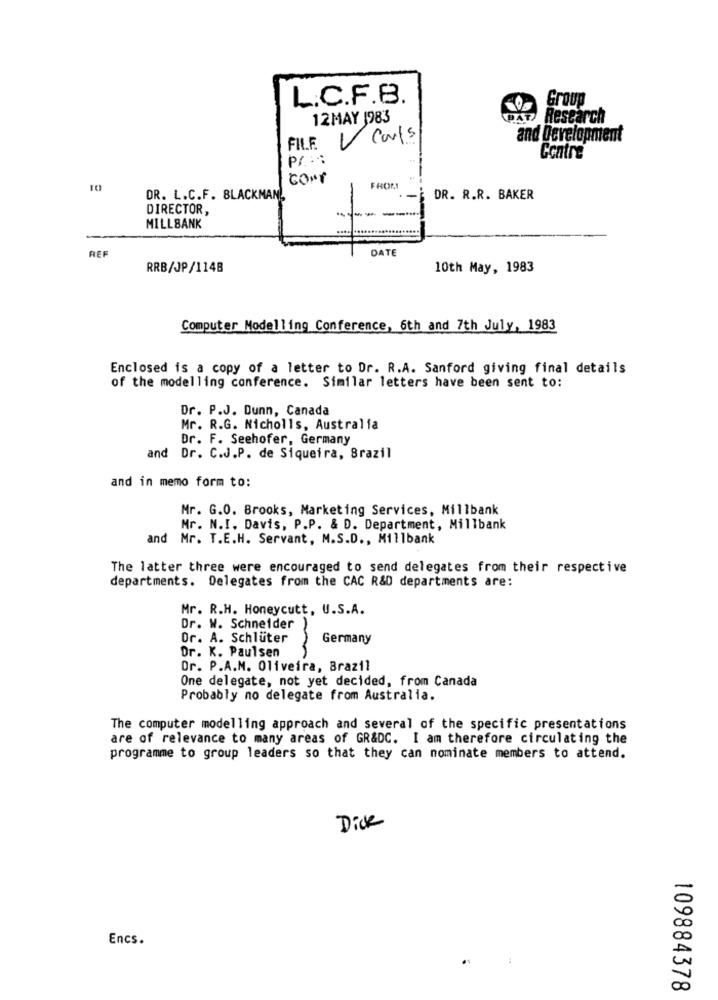
L.C.F.B.
Group
12MAY 1983
PAT Research
Carls
and Development
FIL.F.
pr : :
Contre
CONT
10
FROMI
DR. L.C.F. BLACKMAN,
-
DR. R.R. BAKER
DIRECTOR,
------
MILLBANK
DATE
REF
RRB/JP/114B
10th May, 1983
Computer Modelling Conference, 6th and 7th July, 1983
Enclosed is a copy of a letter to Dr. R.A. Sanford giving final details
of the modelling conference. Similar letters have been sent to:
Dr. P.J. Dunn, Canada
Mr. R.G. Nicholls, Australia
Dr. F. Seehofer, Germany
and Dr. C.J.P. de Siqueira, Brazil
and in memo form to:
Mr. G.O. Brooks, Marketing Services, Millbank
Mr. N.I. Davis, P.P. & D. Department, Millbank
and Mr. T.E.H. Servant, M.S.D ., Millbank
The latter three were encouraged to send delegates from their respective
departments. Delegates from the CAC R&D departments are:
Mr. R.H. Honeycutt, U.S.A.
Dr. W. Schneider
Dr. A. Schluter
Germany
Dr. K. Paulsen
Dr. P.A.M. Oliveira, Brazil
One delegate, not yet decided, from Canada
Probably no delegate from Australia.
The computer modelling approach and several of the specific presentations
are of relevance to many areas of GR&DC. I am therefore circulating the
programme to group leaders so that they can nominate members to attend.
Dick
Encs.
109884378